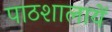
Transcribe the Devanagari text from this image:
पाठशालायें